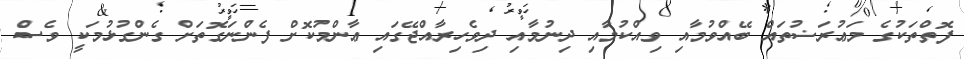
ފޮތްތަކުގެ މަޢުރަޟުތައް ބޭއްވުމާއި ވިއްކުމާއި ދިނުމާއި ދިވެހިރާއްޖޭގައި ޢާންމުކޮށް ފެންނަގޮތަށް ގެންގުޅުމަކީ ވެސް